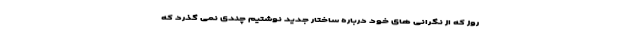
روز که از نگرانی های خود درباره ساختار جدید نوشتیم چندی نمی گذرد که